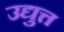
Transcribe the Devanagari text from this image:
उद्युत्त